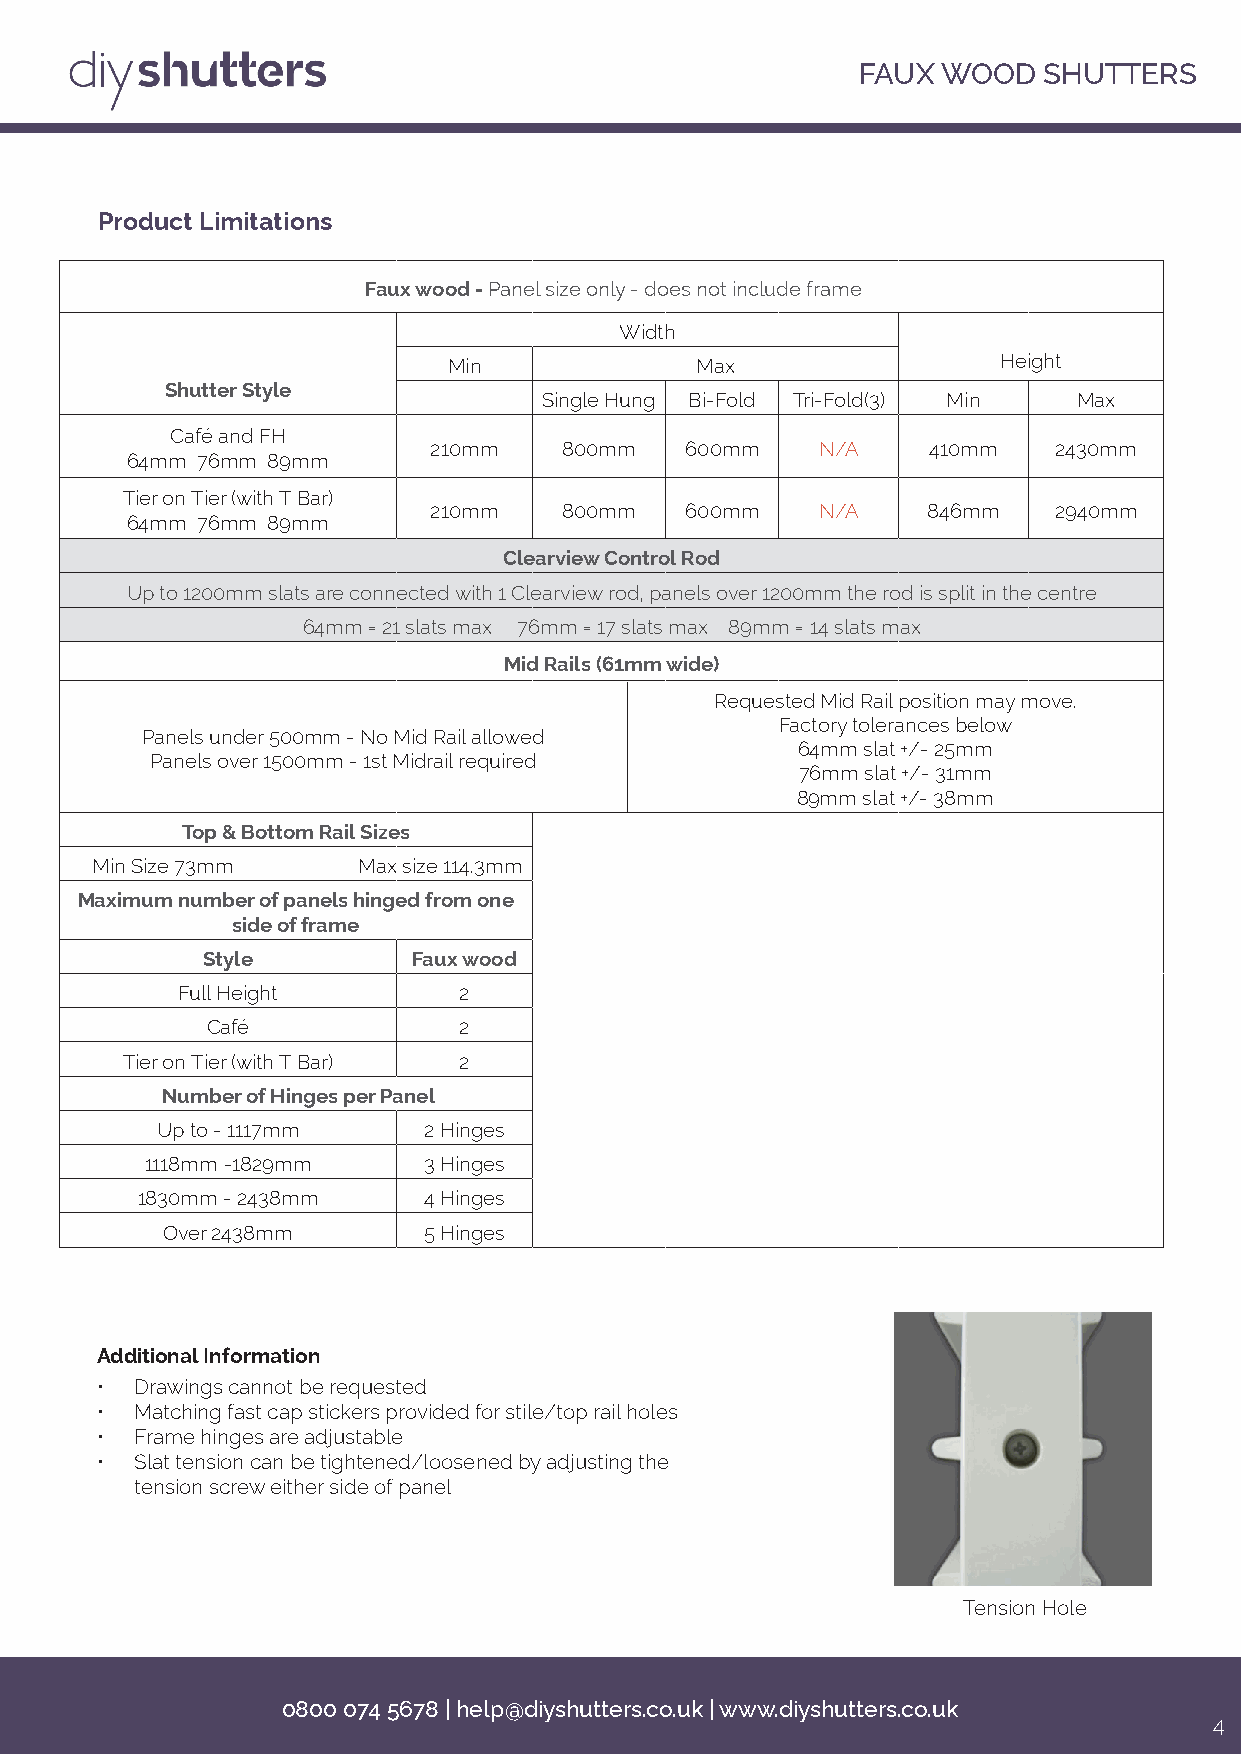
FAUX WOOD   SHUTTERS
 Product Limitations
 Faux wood - Panel size only - does not include frame
 Width
 Min             Max                 Height
 Shutter Style
 Single Hung Bi-Fold Tri-Fold(3) Min Max
 Café and FH
 210mm    800mm   600mm    N/A    410mm    2430mm
 64mm 76mm 89mm
 Tier on Tier (with T Bar)
 210mm    800mm   600mm    N/A    846mm    2940mm
 64mm 76mm 89mm
 Clearview Control Rod
 Up to 1200mm slats are connected with 1 Clearview rod, panels over 1200mm the rod is split in the centre
 64mm = 21 slats max 76mm = 17 slats max 89mm = 14 slats max
 Mid Rails (61mm wide)
 Requested Mid Rail position may move.
 Factory tolerances below
 Panels under 500mm - No Mid Rail allowed
 64mm slat +/- 25mm
 Panels over 1500mm - 1st Midrail required
 76mm slat +/- 31mm
 89mm slat +/- 38mm
 Top & Bottom Rail Sizes
 Min Size 73mm     Max size 114.3mm
 Maximum number of panels hinged from one
 side of frame
 Style         Faux wood
 Full Height       2
 Café            2
 Tier on Tier (with T Bar) 2
 Number of Hinges per Panel
 Up to - 1117mm    2 Hinges
 1118mm -1829mm    3 Hinges
 1830mm - 2438mm    4 Hinges
 Over 2438mm      5 Hinges
 Additional Information
 •  Drawings cannot be requested
 •  Matching fast cap stickers provided for stile/top rail holes
 •  Frame hinges are adjustable
 •  Slat tension can be tightened/loosened by adjusting the
 tension screw either side of panel
 Tension Hole
 0800 074 5678 | help@diyshutters.co.uk | www.diyshutters.co.uk
 4